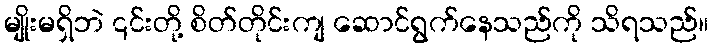
မျိုးမရှိဘဲ ၎င်းတို့ စိတ်တိုင်းကျ ဆောင်ရွက်နေသည်ကို သိရသည်။